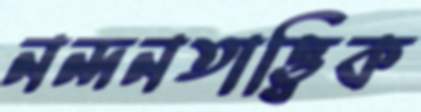
নন্দনতাত্ত্বিক